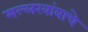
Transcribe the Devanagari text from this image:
मल्लखांबाचे